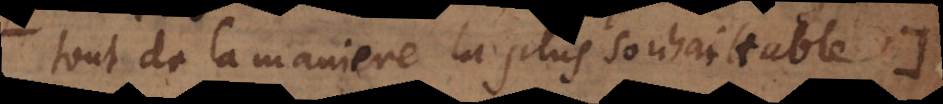
tout de la maniere la plus souhaitable.